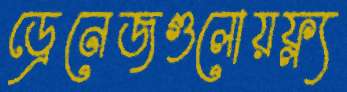
ড্রেনেজগুলোয়ফ্ল্য